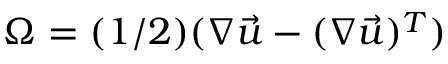
\boldsymbol { \Omega } = ( 1 / 2 ) ( \boldsymbol { \nabla } \vec { u } - ( \boldsymbol { \nabla } \vec { u } ) ^ { T } )